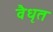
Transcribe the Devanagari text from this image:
वैधृत